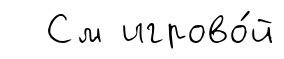
См игрово́й